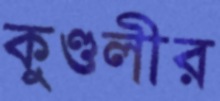
কুণ্ডলীর